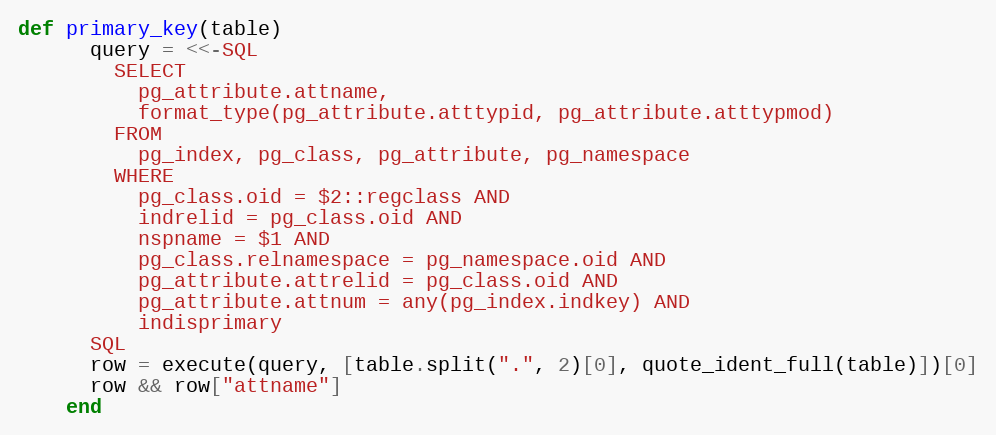
Language: Ruby
def primary_key(table)
      query = <<-SQL
        SELECT
          pg_attribute.attname,
          format_type(pg_attribute.atttypid, pg_attribute.atttypmod)
        FROM
          pg_index, pg_class, pg_attribute, pg_namespace
        WHERE
          pg_class.oid = $2::regclass AND
          indrelid = pg_class.oid AND
          nspname = $1 AND
          pg_class.relnamespace = pg_namespace.oid AND
          pg_attribute.attrelid = pg_class.oid AND
          pg_attribute.attnum = any(pg_index.indkey) AND
          indisprimary
      SQL
      row = execute(query, [table.split(".", 2)[0], quote_ident_full(table)])[0]
      row && row["attname"]
    end